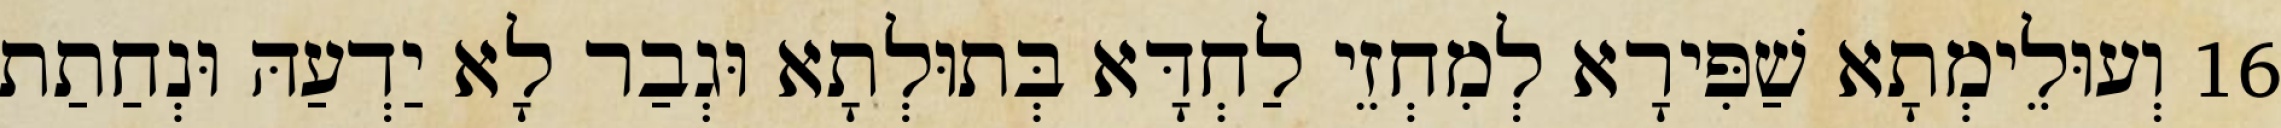
16 וְעוּלֵימְתָא שַׁפִּירָא לְמִחְזֵי לַחְדָּא בְּתוּלְתָא וּגְבַר לָא יַדְעַהּ וּנְחַתַת